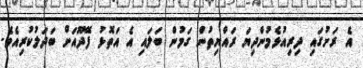
އެ ރަށުގައި ދިރިއުޅެމުންދިޔަ ރައްޔިތުން ގަމުން ބަލައި އެ އަތޮޅު ފޭދޫއަށް ބަދަލުކުރިއެވެ.